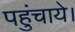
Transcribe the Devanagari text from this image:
पहुंचाये।